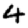
Digit: 4